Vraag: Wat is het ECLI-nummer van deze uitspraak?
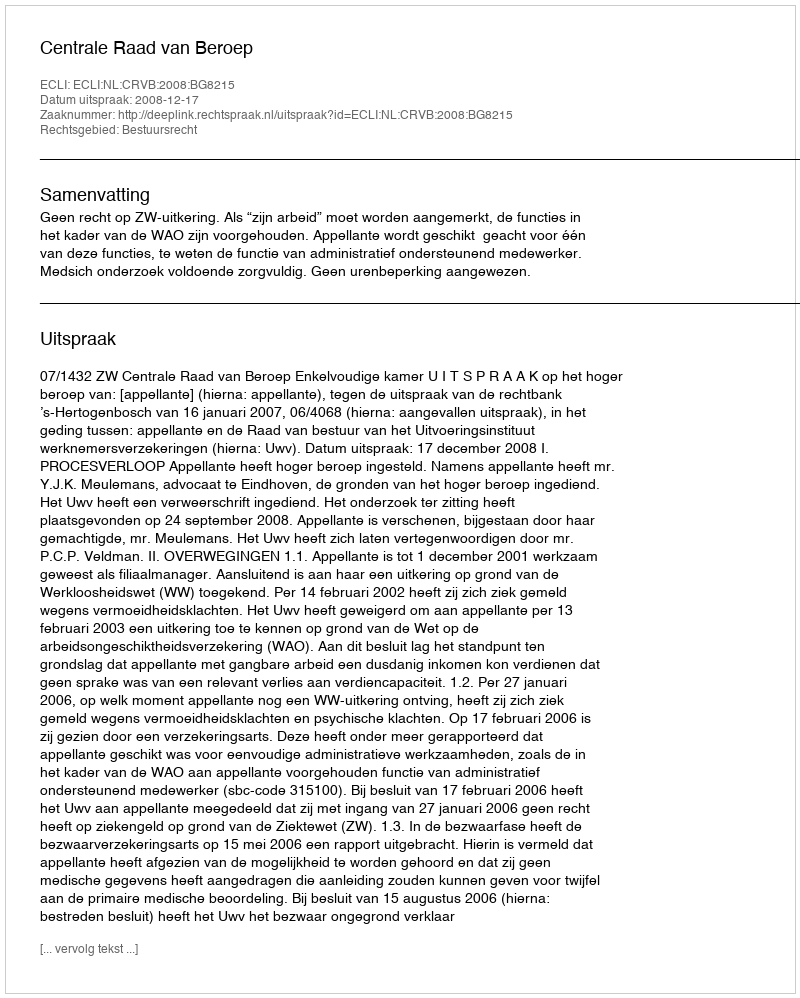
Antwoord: ECLI:NL:CRVB:2008:BG8215